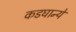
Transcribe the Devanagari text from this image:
कडघान्ये